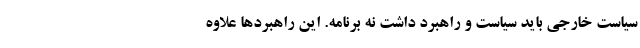
سیاست خارجی باید سیاست و راهبرد داشت نه برنامه. این راهبردها علاوه